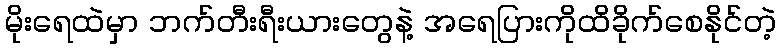
မိုးရေထဲမှာ ဘက်တီးရီးယားတွေနဲ့ အရေပြားကိုထိခိုက်စေနိုင်တဲ့